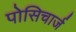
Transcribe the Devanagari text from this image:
पोसिचार्ज